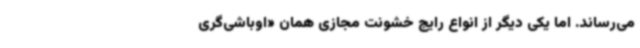
می‌رساند. اما یکی دیگر از انواع رایج خشونت مجازی همان «اوباشی‌گری